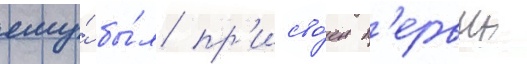
ему́ бы́л пр'исво́ен п'ервыи